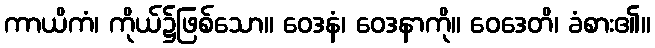
ကာယိကံ၊ ကိုယ်၌ဖြစ်သော။ ဝေဒနံ၊ ဝေဒနာကို။ ဝေဒေတိ၊ ခံစား၏။